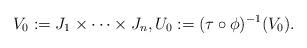
LaTeX: \begin{align*}V_0 := J_1 \times \dots \times J_n, U_0 := (\tau \circ \phi)^{-1}(V_0).\end{align*}